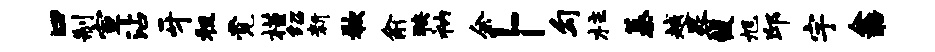
口制宣沾牙租觉槿绍新欷俞狭衲余卜勾柱蓁越晷馥旭邱宇余醅